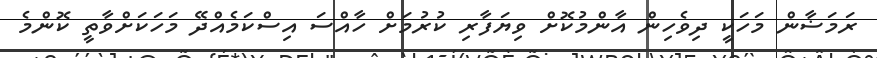
ރަމަޟާން މަހަކީ ދިވެހިން އާންމުކޮށް ވިޔަފާރި ކުރުމަށް ހާއްސަ އިސްކަމެއްދޭ މަހަކަށްވާތީ ކޮންމެ